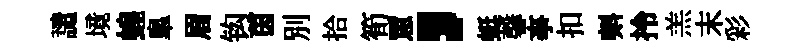
譴境蝗臯眉钩茵別拾筍罳，蜓馨亊扣㪺拎羔末彩